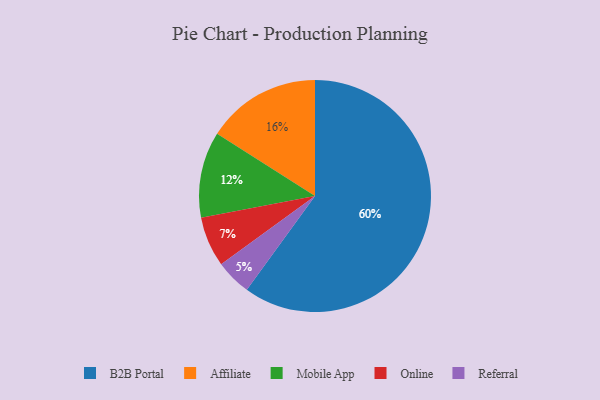
{"axis": {"x": "Category", "y": "Percentage"}, "legend": ["Affiliate", "B2B Portal", "Mobile App", "Online", "Referral"], "data": [{"x": "Mobile App", "y": 12, "type": "Mobile App"}, {"x": "B2B Portal", "y": 60, "type": "B2B Portal"}, {"x": "Referral", "y": 5, "type": "Referral"}, {"x": "Affiliate", "y": 16, "type": "Affiliate"}, {"x": "Online", "y": 7, "type": "Online"}]}